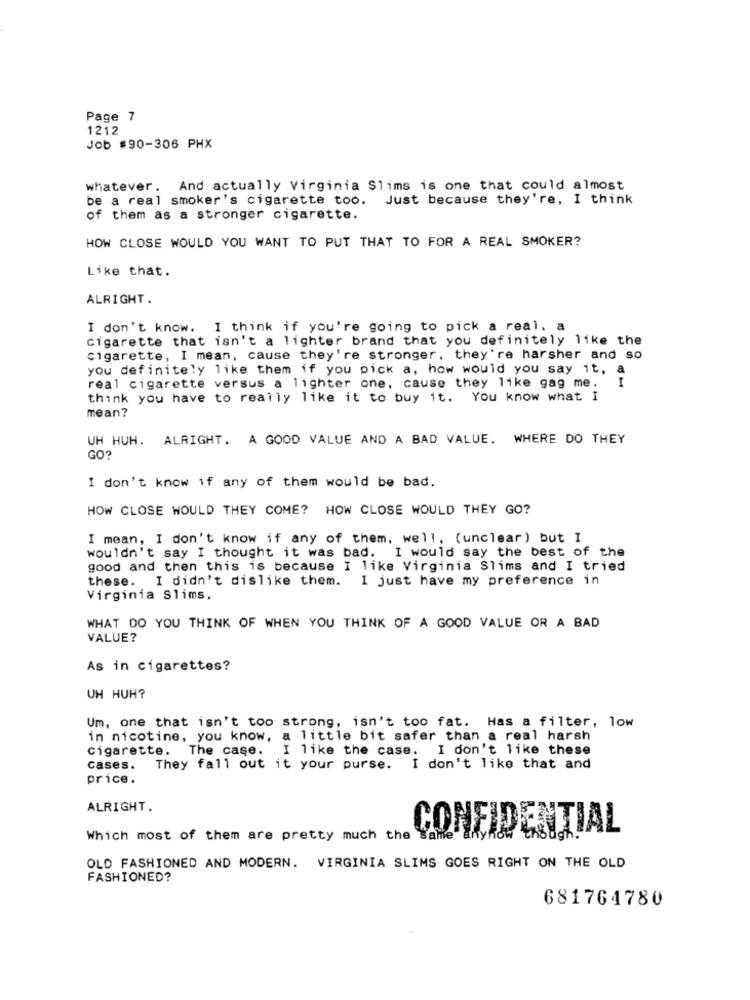
Page 7
1212
Job #90-306 PHX
whatever. And actually Virginia Slims is one that could almost
be a real smoker's cigarette too. Just because they're, I think
of them as a stronger cigarette.
HOW CLOSE WOULD YOU WANT TO PUT THAT TO FOR A REAL SMOKER?
Like that.
ALRIGHT.
I don't know. I think if you're going to pick a real, a
cigarette that isn't a lighter brand that you definitely like the
cigarette, I mean, cause they're stronger, they're harsher and so
you definitely like them if you pick a, how would you say it, a
I
real cigarette versus a lighter one, cause they like gag me.
think you have to really like it to buy it. You know what I
mean?
UH HUH. ALRIGHT. A GOOD VALUE AND A BAD VALUE. WHERE DO THEY
GO?
I don't know if any of them would be bad.
HOW CLOSE WOULD THEY COME? HOW CLOSE WOULD THEY GO?
I mean, I don't know if any of them, well, (unclear ) but I
wouldn't say I thought it was bad. I would say the best of the
good and then this is because I like Virginia Slims and I tried
these. I didn't dislike them. I just have my preference in
Virginia Slims.
WHAT DO YOU THINK OF WHEN YOU THINK OF A GOOD VALUE OR A BAD
VALUE?
As in cigarettes?
UH HUH?
Um, one that isn't too strong, isn't too fat. Has a filter, low
in nicotine, you know, a little bit safer than a real harsh
Cigarette. The case. I like the case. I don't like these
cases. They fall out it your purse. I don't like that and
price.
ALRIGHT.
CONFIDENTIAL
Which most of them are pretty much the same
OLD FASHIONED AND MODERN. VIRGINIA SLIMS GOES RIGHT ON THE OLD
FASHIONED?
681764780